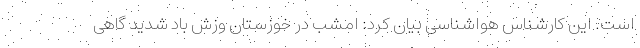
است. این کارشناس هواشناسی بیان کرد: امشب در خوزستان وزش باد شدید گاهی